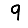
Digit: 9